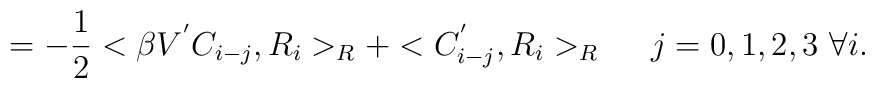
= -\frac{1}{2} <\beta V^{'} C_{i-j},R_i>_R +<C^{'}_{i-j},R_i>_R \ \ \ \ j=0,1,2,3\  \forall i .